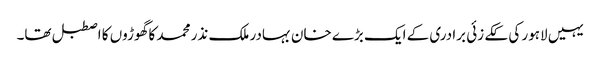
یہیں لاہور کی ککے زئی برادری کے ایک بڑے خان بہادر ملک نذر محمد کا گھوڑوں کا اصطبل تھا۔